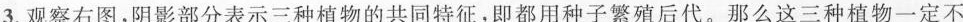
3.观察右图，阴影部分表示三种植物的共同特征，即都用种子繁殖后代。那么这三种植物一定不